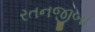
રતનજીબા